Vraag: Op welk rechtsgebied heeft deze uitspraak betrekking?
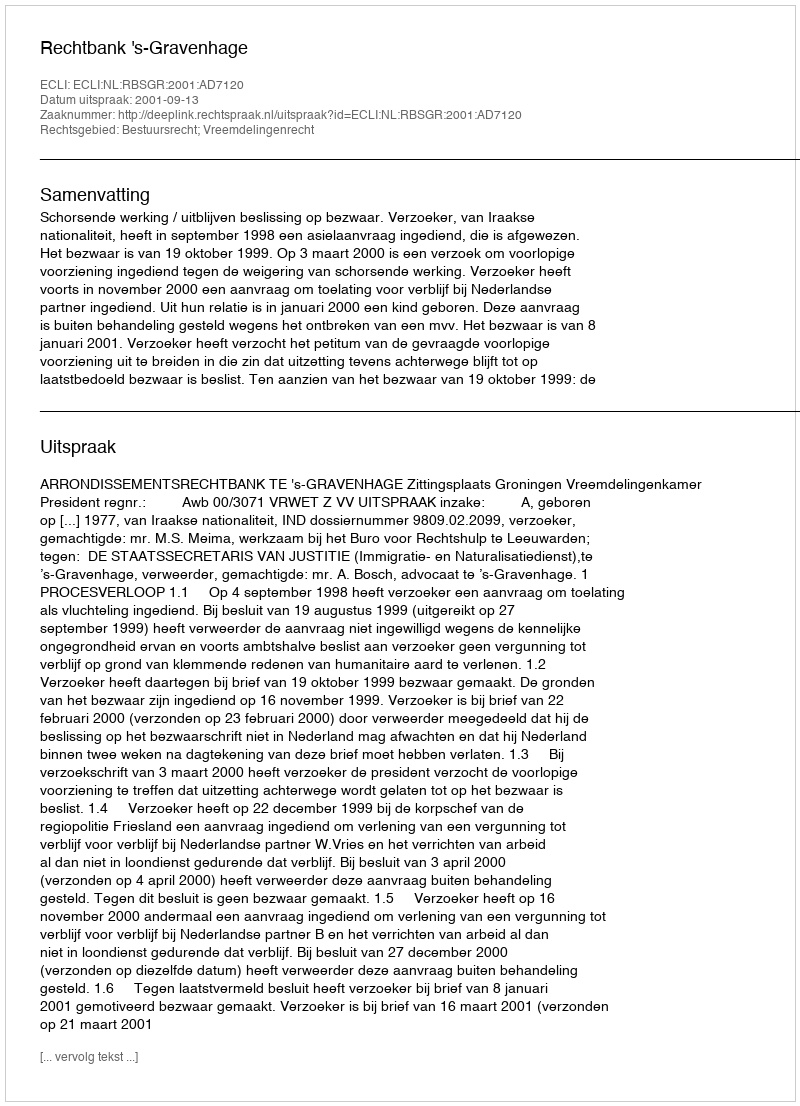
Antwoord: Bestuursrecht; Vreemdelingenrecht